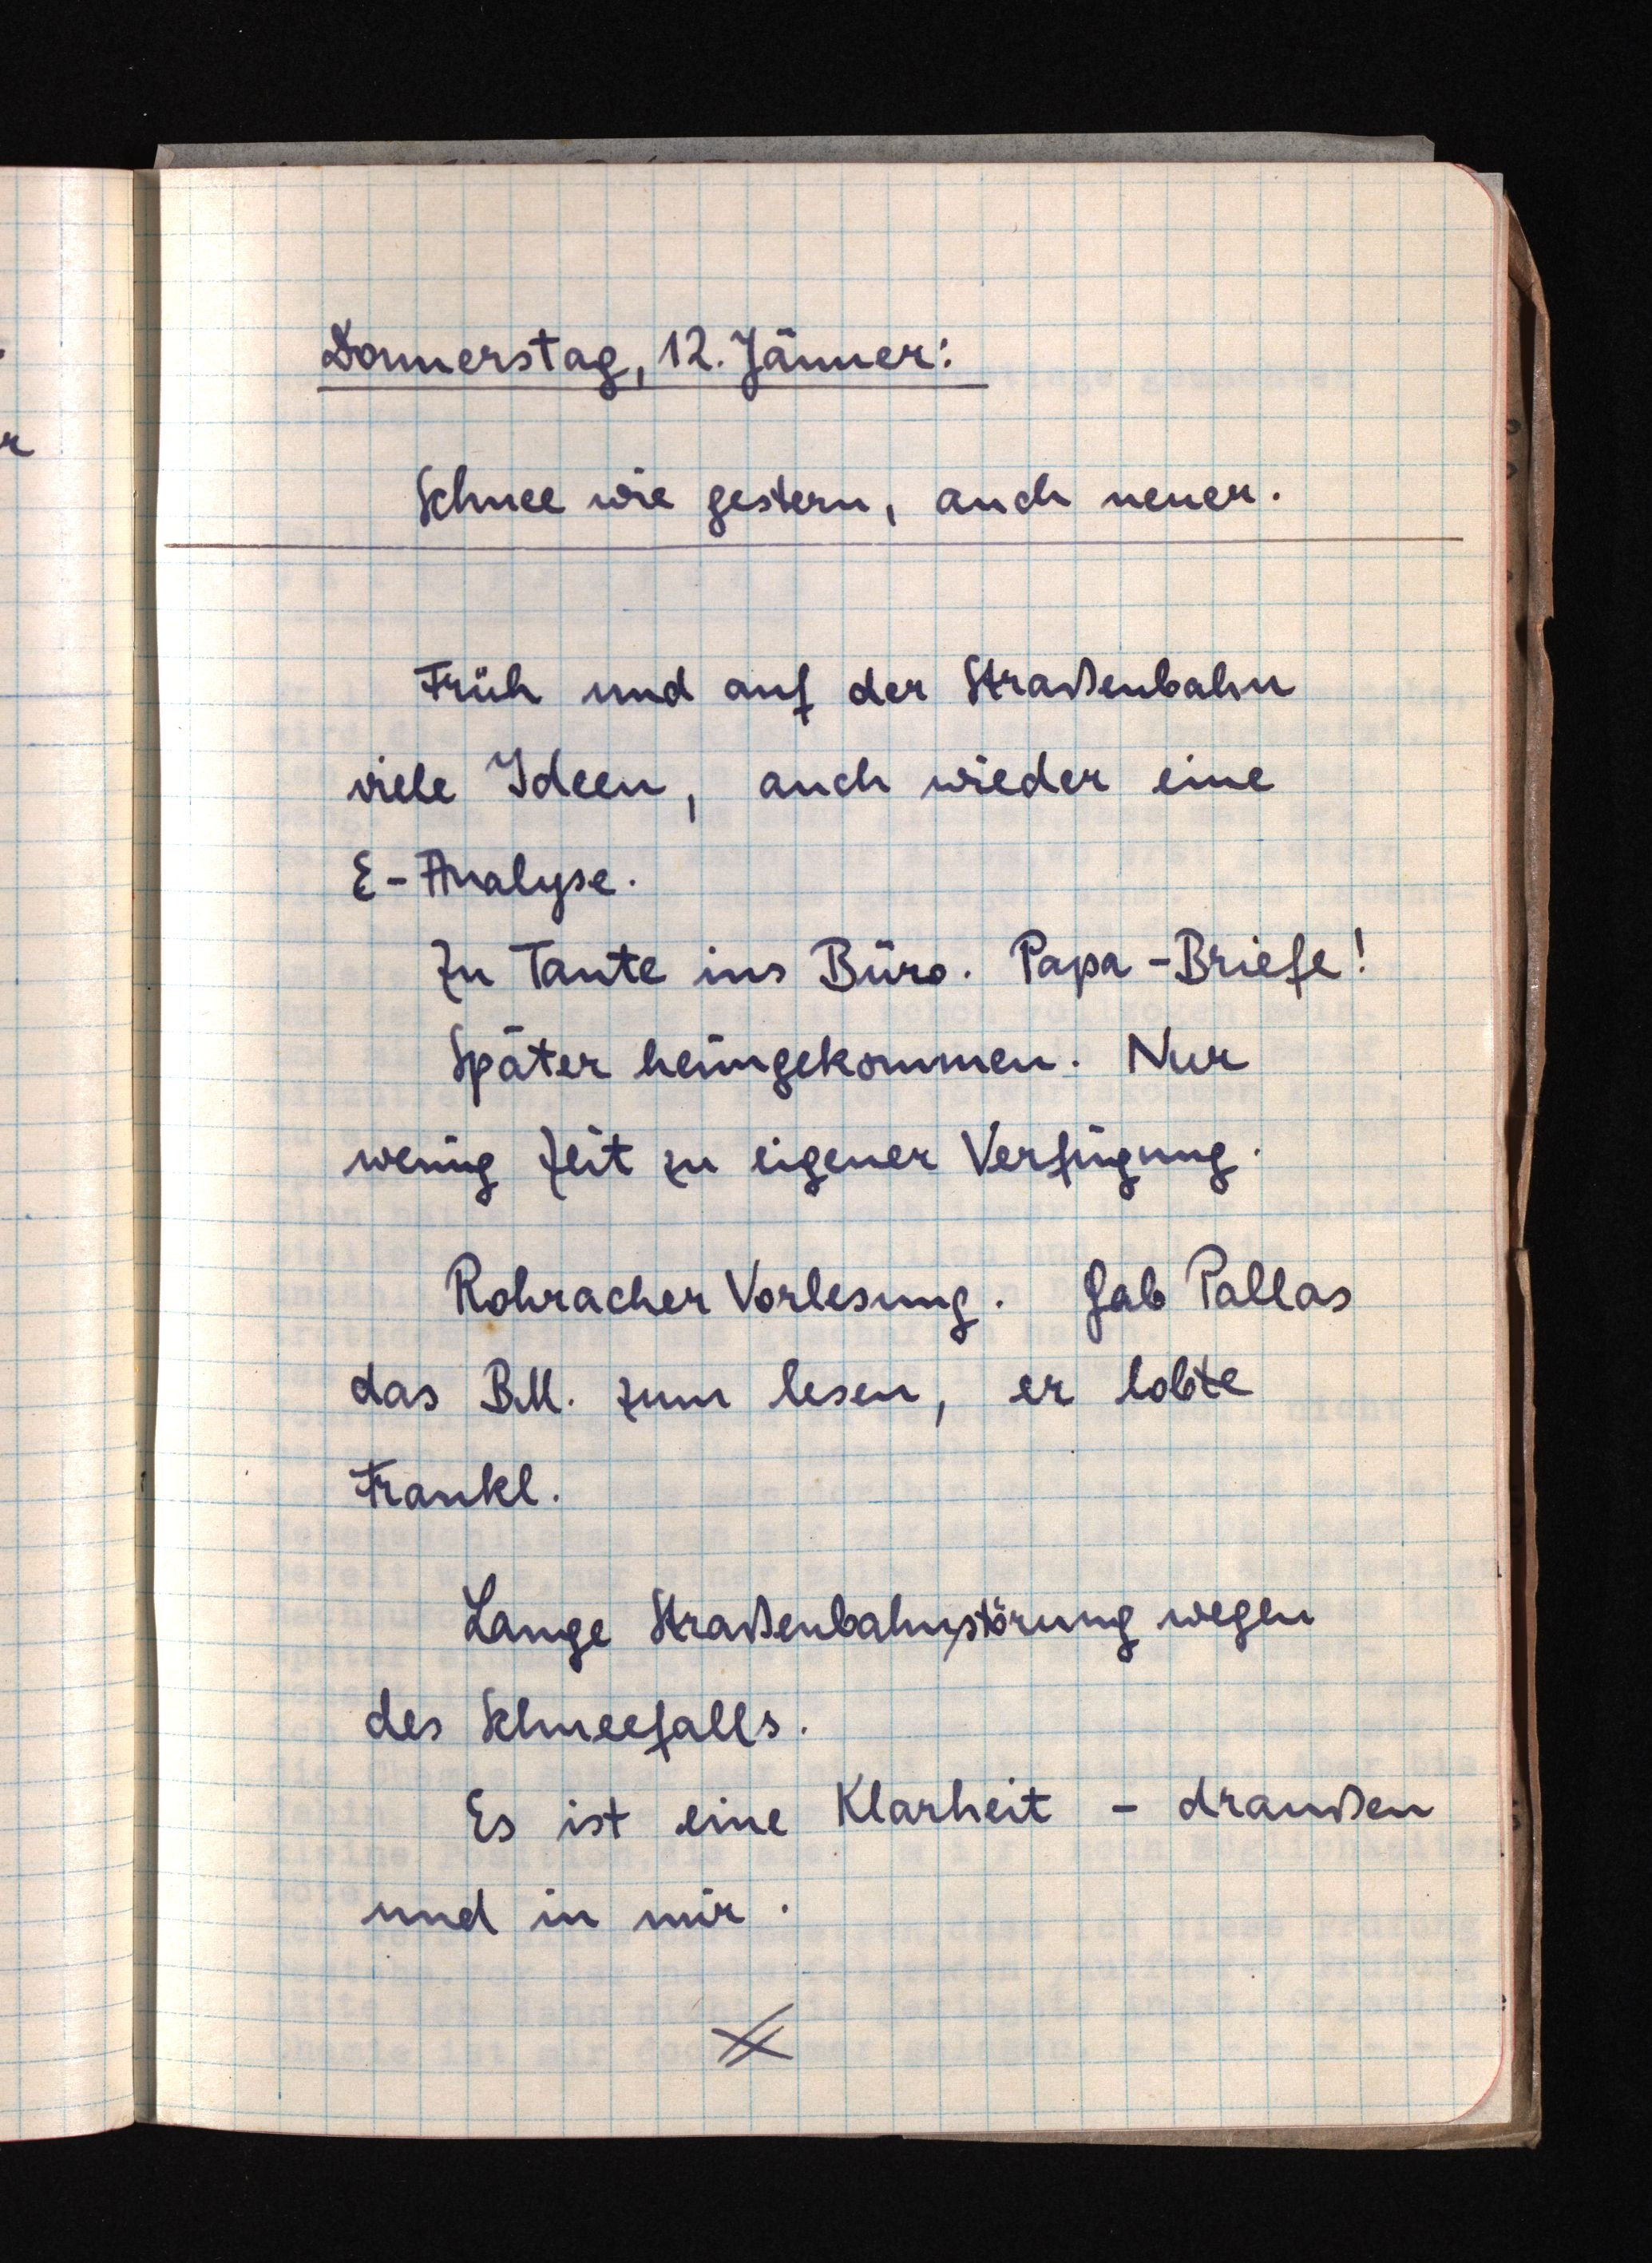
Donnerstag, 12. Jänner:
Schnee wie gestern, auch neuer.
Früh und auf der Straßenbahn
viele Ideen, auch wieder eine
E-Analyse.
Zu Tante ins Büro. Papa-Briefe!
Später heimgekommen. Nur
wenig Zeit zu eigener Verfügung.
Rohracher Vorlesung. Gab Pallas
das BM. ?  zum lesen, er lobte
Frankl.
Lange Straßenbahnstörung wegen
des Schneefalls.
Es ist eine Klarheit - draußen
und in mir.